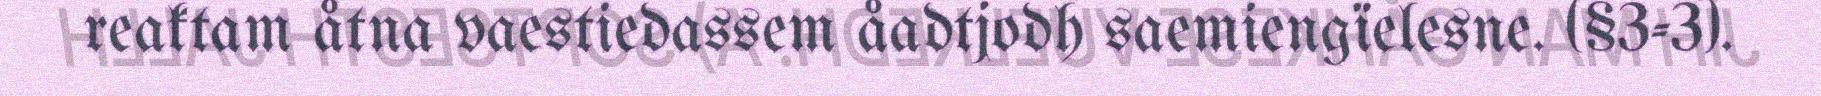
reaktam åtna vaestiedassem åadtjodh saemiengïelesne. (§3-3).